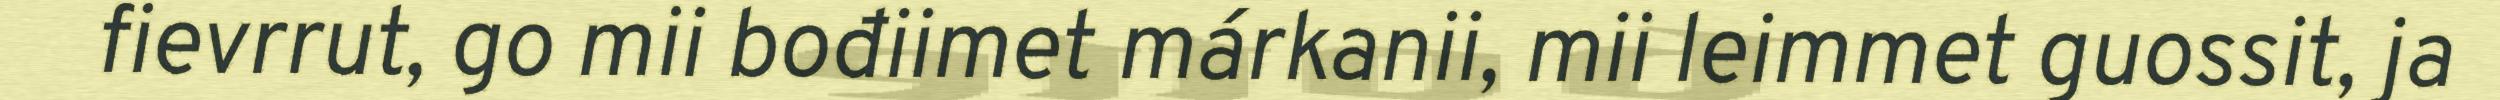
fievrrut, go mii bođiimet márkanii, mii leimmet guossit, ja